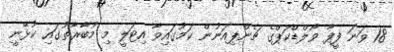
18 ވަނަ ފީފާ ވޯލްޑްކަޕްގެ ޗެންޕިއަނުން ކަމުގައިވާ އިޓަލީ މި މުބާރާތުގައި ކުޅޭނީ